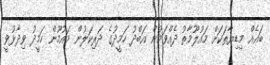
ބައެއް މިޑިޔާތަކަށް މައުލޫމާތު ދެއްވަމުން އަބްދު ހަމީދުގެ ދަރިކަލުން މައުމޫން ހަމީދު ވިދާޅުވީ